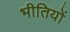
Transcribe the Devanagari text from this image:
भीतियों